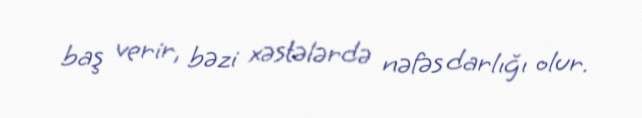
baş verir, bəzi xəstələrdə nəfəs darlığı olur.